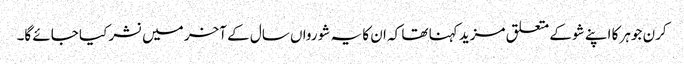
کرن جوہر کا اپنے شو کے متعلق مزید کہنا تھا کہ ان کا یہ شو رواں سال کے آخر میں نشر کیا جائے گا۔